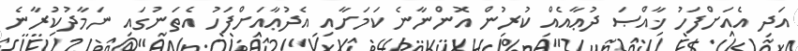
އަދި އެއަށްފަހު ޚާއްޞަ ދުޢާއެއް ކުރުން އޮންނާނެ ކަމަށާއި އެދުޢާއަށްފަހު އެތަނުގައި ނަމާދުކުރާނެ